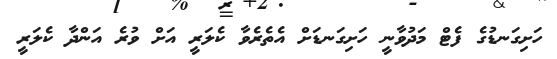
ހަށިގަނޑުގެ ފެޓް މަދުވާނީ ހަށިގަނޑަށް އެތެރެވާ ކެލަރީ އަށް ވުރެ އަންދާ ކެލަރީ